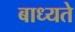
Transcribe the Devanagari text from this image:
बाध्यते